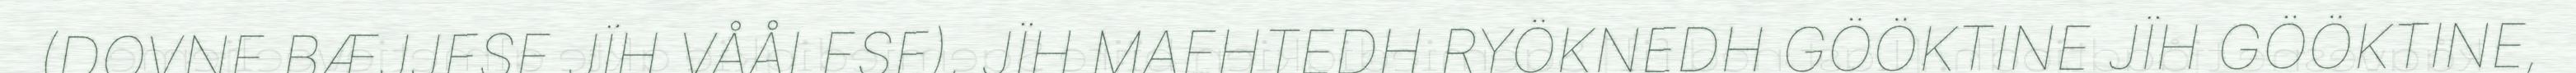
(DOVNE BÆJJESE JÏH VÅÅLESE), JÏH MAEHTEDH RYÖKNEDH GÖÖKTINE JÏH GÖÖKTINE,